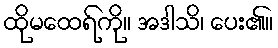
ထိုမထေရ်ကို။ အဒါသိ၊ ပေး၏။